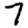
Digit: 7